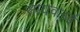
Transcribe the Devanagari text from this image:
सायवर्ल्ड